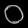
Digit: ၀